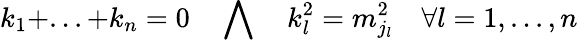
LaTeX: k_{1}+...+k_{n}=0\quad\bigwedge\quad k_{l}^{2}=m_{j_{l}}^{2}\quad\forall l=1,...,n